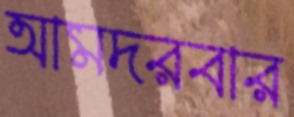
আমদরবার